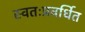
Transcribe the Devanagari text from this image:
स्वतःप्रवर्धित